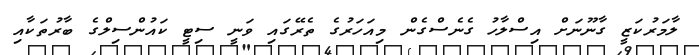
ލާމަރުކަޒީ ގާނޫނަށް އިސްލާހު ގެނެސްގެން މިއަހަރުގެ ތެރޭގައި ވަނީ ސިޓީ ކައުންސިލްގެ ބާރުތަކާއި